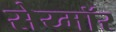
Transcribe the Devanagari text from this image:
सेय्मॉर